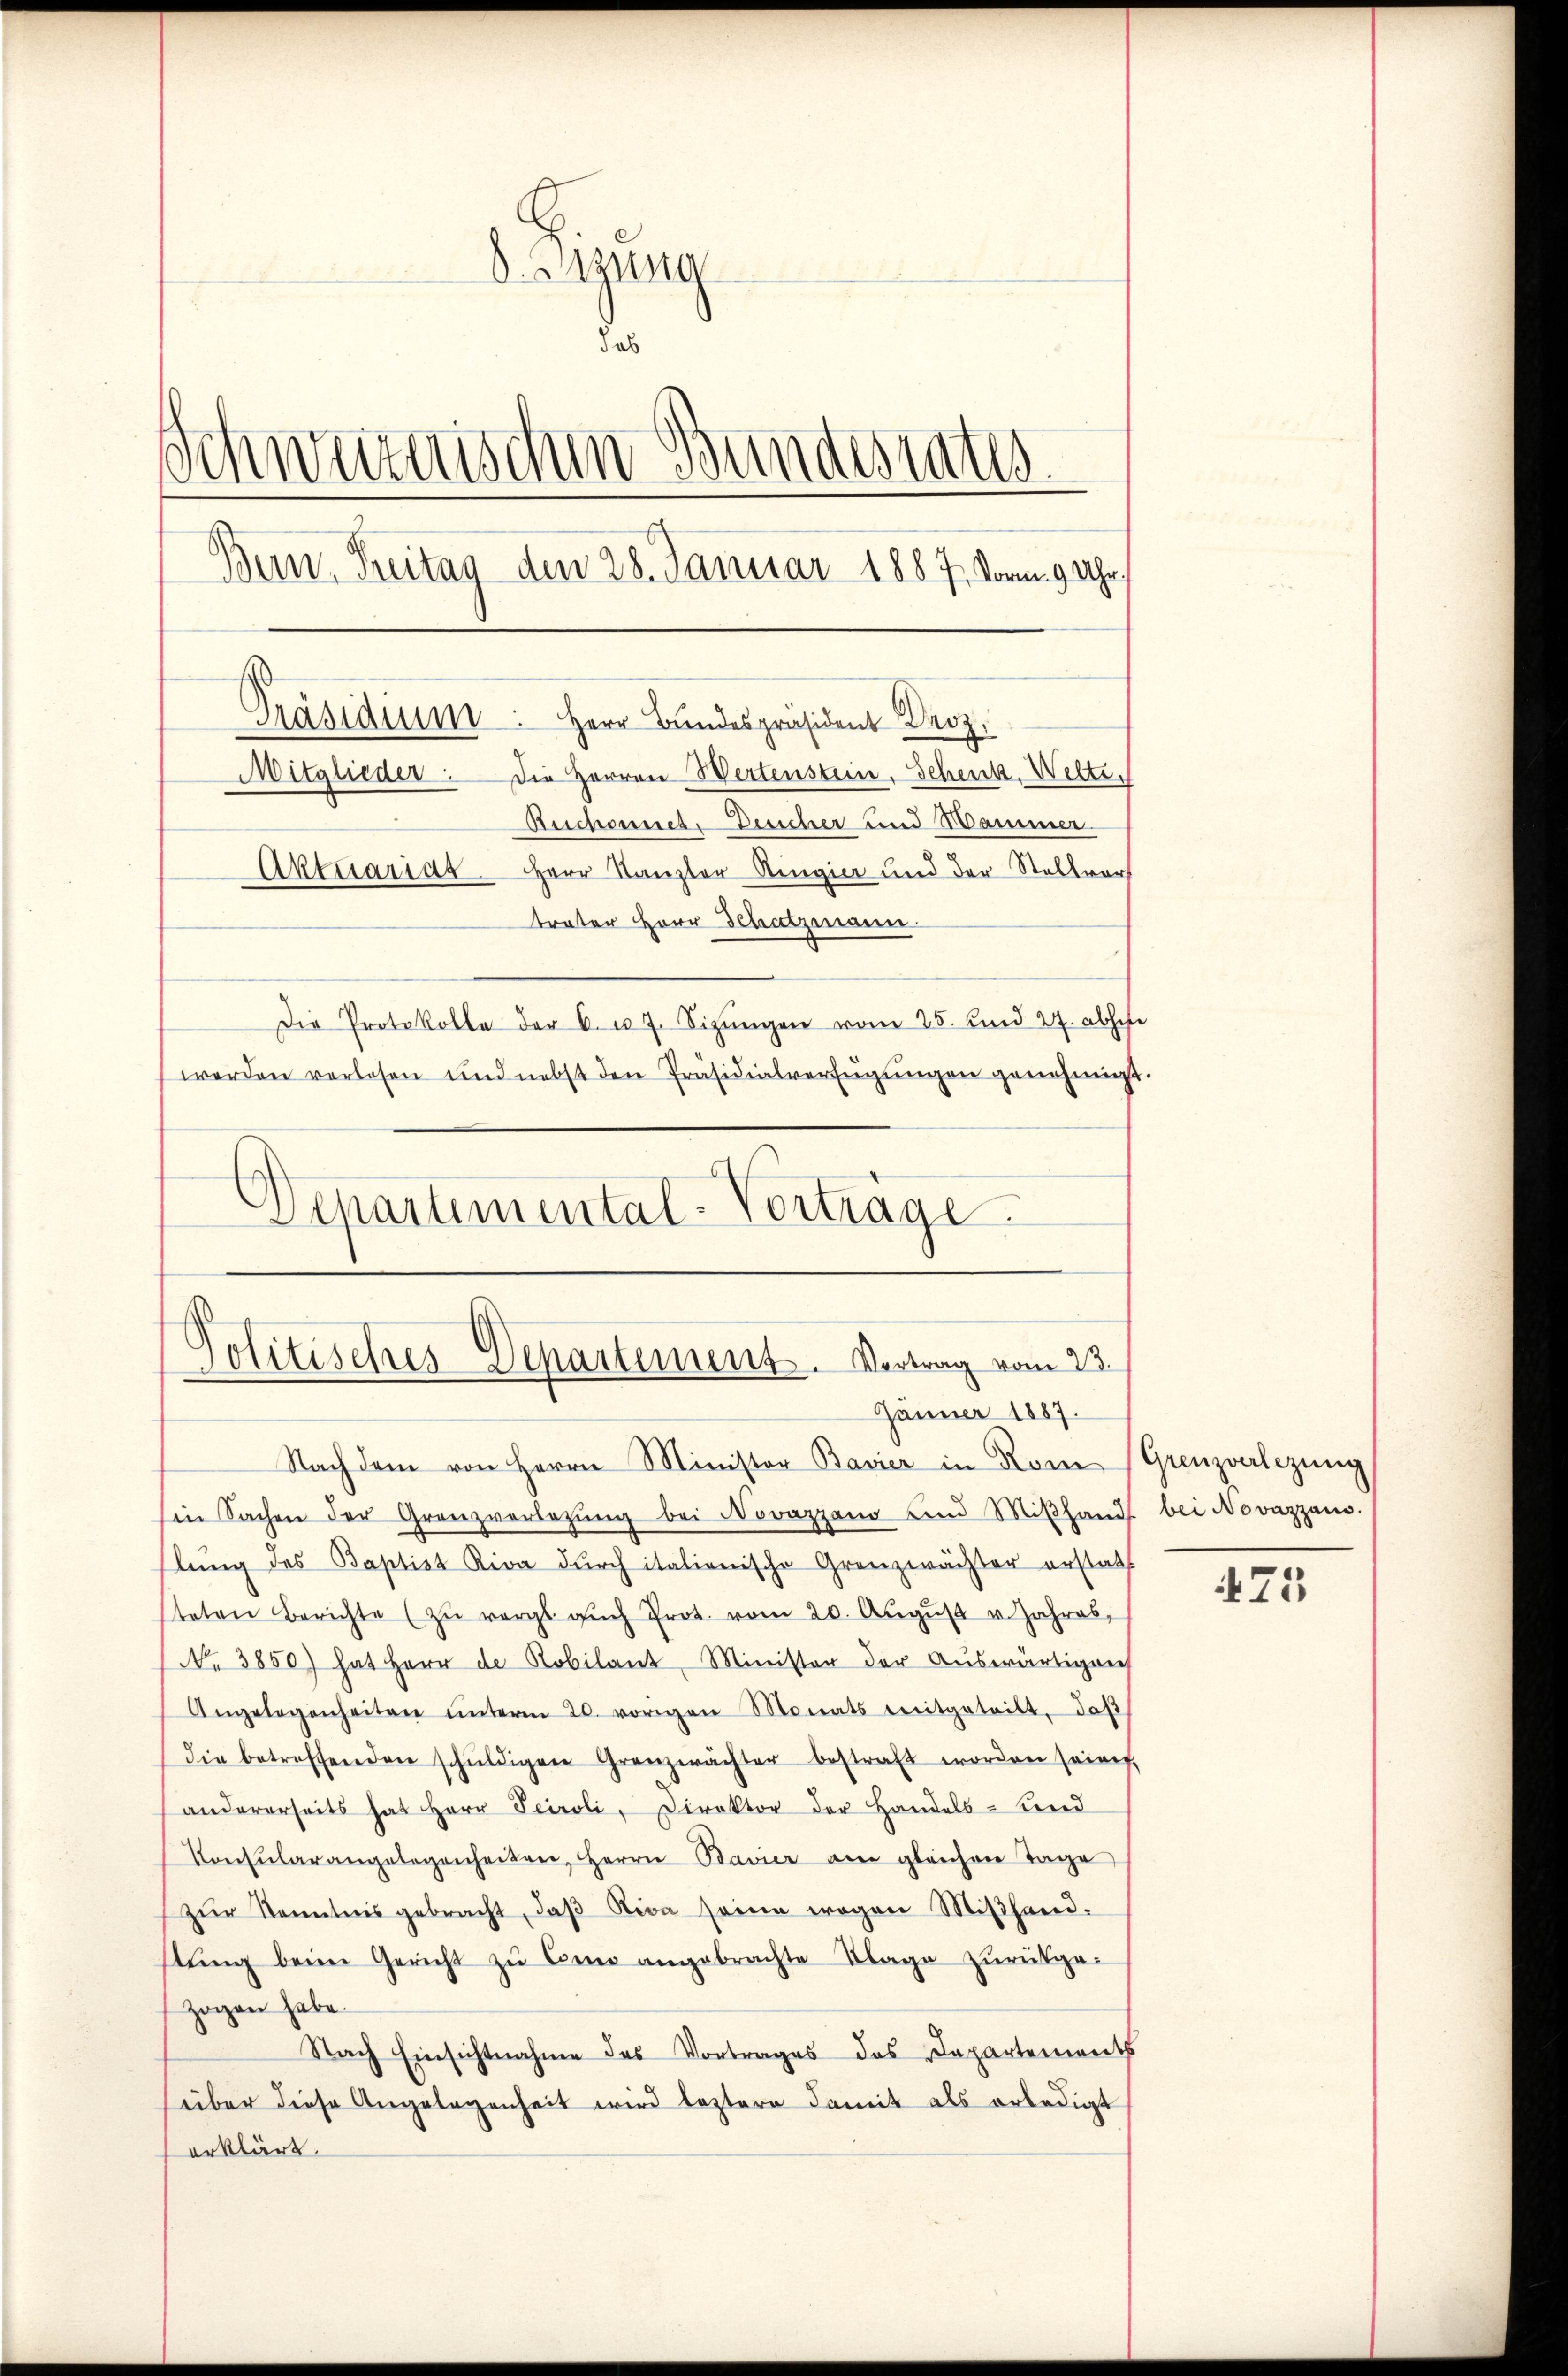
S. Arztesta
das
Schweizerisc
n Bundesrates
Bern, Treitag, den 28. Januar 1887, vom 9 Uhr,
Präsidium. Herr Bundespräsident Dr.
Mitglieder. Die Herren Wertenstein. Schenk, Welti¬
Reichennet. Desicher und Hammer
Aktuarias Herr Kanzler Ringier und der Stellvers
treter Herr Schatzmann
Die Protokolle der 6. u. 7. Sizŭngen vom 25. und 27. absche
werden verlesen und nebst den Präsidialverfügŭngen genehmigt.

1

Separtemental-Vorträge.

Politisches Departement. Vertrag vom 23.
Jänner 1887.

Nachdem von Herrn Ministor Bavier in Rom (Grenzverlegung
in Sachen der Granzverletzŭng bei Novazzano und Miβhands bei Novazzani.
hlŭng des Baptist Riva dŭrch italienische Grenzwächter erstatt
steten Berichte zŭ vergs aŭch Prot. vom 20. Aŭgŭst v. Jahres,
No 3850) hat Herr de Robilanz Minister der Auswärtigens
Angelegenheiten ŭnterm 20. vorigen Monats ereitgeteilt, daβ
die betreffenden schŭldigen Granzwächter bestraft worden seine,
andererseits hat Herr Seiroli, Direktor der Handels- und
Konsŭlarangelegenheiten, Herrn Bavier am gleichen Tage
zŭr Kenntnis gebracht, daβ Kion seine wegen Miβhand-
stŭng beim Gericht zu Como angebrachte Klage zurückge-
zogen habe.
Nach Einsichtnahme des Vortrages das Departement
über diese Angelegenheit wird leztere damit als erledigt
erklärt.

475